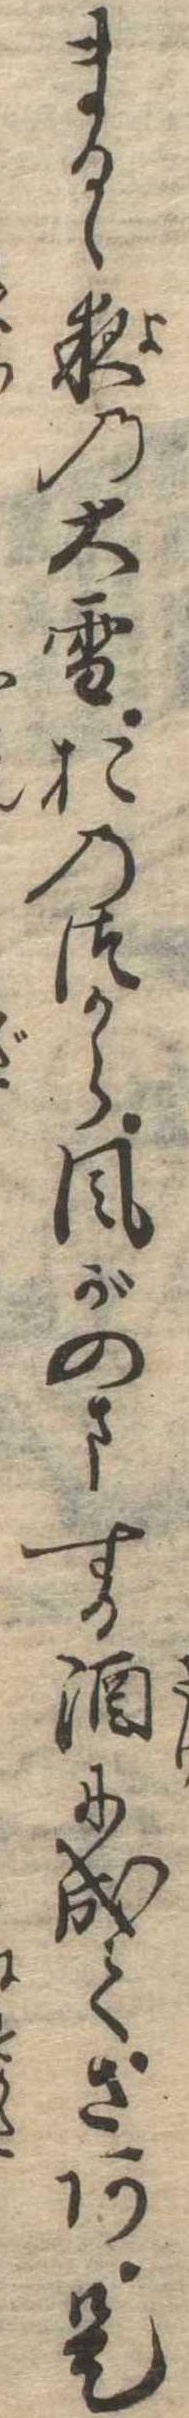
まるゝ夜の大雪おのつから風がのまする酒に成てさあ是